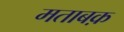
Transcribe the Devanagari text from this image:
मताबक़